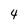
Character: 4